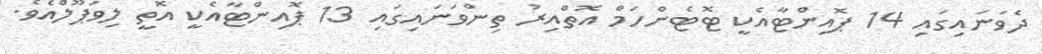
ދެވަނައިގައި 14 ޕޮއިންޓާއެކީ ޓޮޓެންހަމް އޮތްއިރު ތިންވަނައިގައި 13 ޕޮއިންޓާއެކީ އޮތީ ލިވަޕޫލްއެވެ.